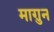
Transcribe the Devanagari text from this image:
माग़ुन